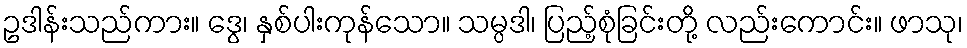
ဥဒါန်းသည်ကား။ ဒွေ၊ နှစ်ပါးကုန်သော။ သမ္ပဒါ၊ ပြည့်စုံခြင်းတို့ လည်းကောင်း။ ဖာသု၊